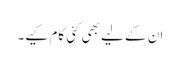
ان کے لیے بھی کئی کام کیے۔